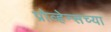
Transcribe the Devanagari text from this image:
प्रोव्हेन्सच्या